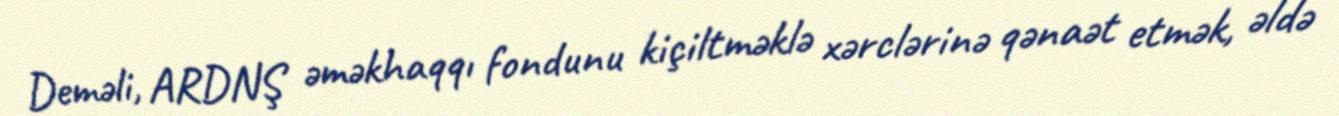
Deməli, ARDNŞ əməkhaqqı fondunu kiçiltməklə xərclərinə qənaət etmək, əldə